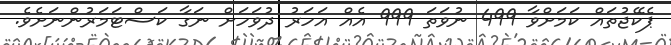
ޕެކޭޖުތައް ކަމަށްވާ 499 ނުވަތަ 999 އެއް އަހަރު ދުވަހަށް ނަގާ ކަސްޓަމަރުންނަށެވެ.